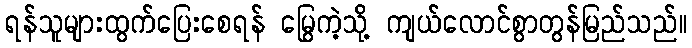
ရန်သူများထွက်ပြေးစေရန် မြွေကဲ့သို့ ကျယ်လောင်စွာတွန်မြည်သည်။